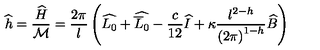
\widehat { h } = \displaystyle \frac { \widehat { H } } { { \cal M } } = \displaystyle \frac { 2 \pi } { l } \left( \widehat { L _ { 0 } } + \widehat { \overline { { L } } _ { 0 } } - \displaystyle \frac { c } { 1 2 } \widehat { I } + \kappa \displaystyle \frac { l ^ { 2 - h } } { \left( 2 \pi \right) ^ { 1 - h } } \widehat { B } \right)